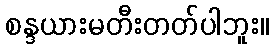
စန္ဒယားမတီးတတ်ပါဘူး။